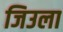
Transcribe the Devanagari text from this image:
जिउला